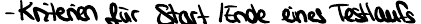
- Kriterien für Start / Ende eines Testlaufs